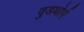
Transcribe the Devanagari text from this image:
वुडथोर्प